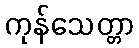
ကုန်သေတ္တာ